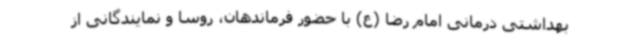
بهداشتی درمانی امام رضا (ع) با حضور فرماندهان، روسا و نمایندگانی از